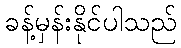
ခန့်မှန်းနိုင်ပါသည်